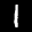
Label: 1